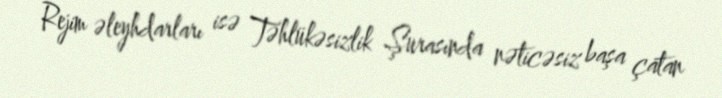
Rejim əleyhdarları isə Təhlükəsizlik Şurasında nəticəsiz başa çatan